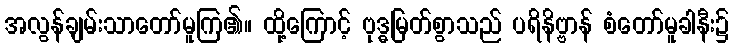
အလွန်ချမ်းသာတော်မူကြ၏။ ထို့ကြောင့် ဗုဒ္ဓမြတ်စွာသည် ပရိနိဗ္ဗာန် စံတော်မူခါနီး၌